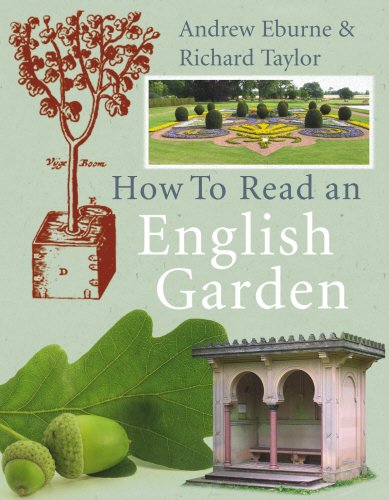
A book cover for How to Read an English Garden; Andrew Eburne; Crafts, Hobbies & Home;